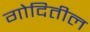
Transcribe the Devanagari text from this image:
गोदितील